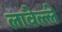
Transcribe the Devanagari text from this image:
लावेल्ले